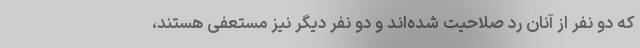
که دو نفر از آنان رد صلاحیت شده‌اند و دو نفر دیگر نیز مستعفی هستند،